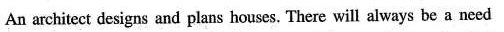
An architect designs and plans houses. There will always be a need